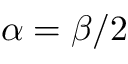
\alpha = \beta / 2